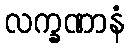
လက္ခဏာနံ